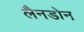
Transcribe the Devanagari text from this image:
लैनडोन